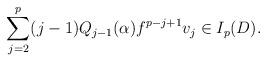
LaTeX: \begin{align*}\sum_{j=2}^p(j-1)Q_{j-1}(\alpha)f^{p-j+1}v_j\in I_p(D).\end{align*}